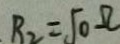
R _ { 2 } = \sqrt { 0 } \Omega